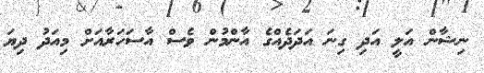
ނިޝާން އަލީ އަދި ގިނަ އަދަދެއްގެ އާންމުން ވެސް އާސަހަރާއަށް މިއަދު ދިޔަ